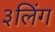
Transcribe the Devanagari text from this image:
३लिंग